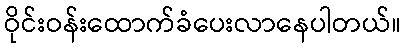
ဝိုင်းဝန်းထောက်ခံပေးလာနေပါတယ်။